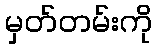
မှတ်တမ်းကို